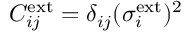
C _ { i j } ^ { \mathrm { e x t } } = \delta _ { i j } ( \sigma _ { i } ^ { \mathrm { e x t } } ) ^ { 2 }